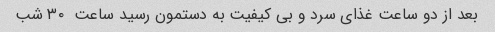
بعد از دو ساعت غذای سرد و بی کیفیت به دستمون رسید ساعت  ٣٠ شب